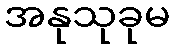
အနုသုခုမ